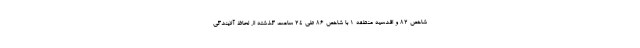
شاخص ۸۲ و اقدسیه منطقه ۱ با شاخص ۸۶ طی ۲۴ ساعت گذشته از لحاظ آلایندگی